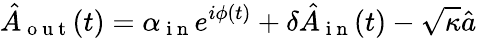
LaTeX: \hat{A}_{\mathrm{~o~u~t~}}(t)=\alpha_{\mathrm{~i~n~}}e^{i\phi(t)}+\delta\hat{A}_{\mathrm{~i~n~}}(t)-\sqrt{\kappa}\hat{a}